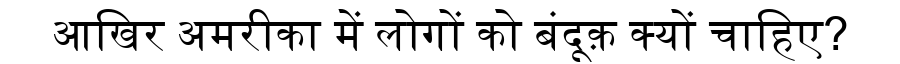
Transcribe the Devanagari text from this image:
आखिर अमरीका में लोगों को बंदूक़ क्यों चाहिए?